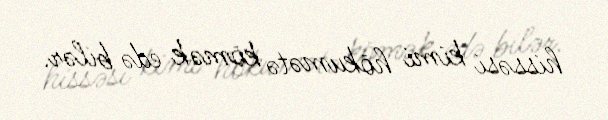
hissəsi kimi hökumətə kömək edə bilər.